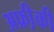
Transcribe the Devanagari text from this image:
अफ्री़की